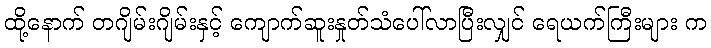
ထို့နောက် တဂျိမ်းဂျိမ်းနှင့် ကျောက်ဆူးနှုတ်သံပေါ်လာပြီးလျှင် ရေယက်ကြီးများ က